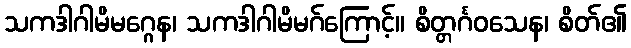
သကဒါဂါမိမဂ္ဂေန၊ သကဒါဂါမိမဂ်ကြောင့်။ စိတ္တင်္ဂဝသေန၊ စိတ်၏